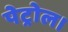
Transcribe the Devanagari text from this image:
पेट्रोल।